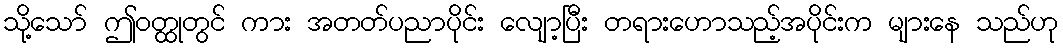
သို့သော် ဤဝတ္ထုတွင် ကား အတတ်ပညာပိုင်း လျော့ပြီး တရားဟောသည့်အပိုင်းက များနေ သည်ဟု